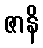
ဇာနိ